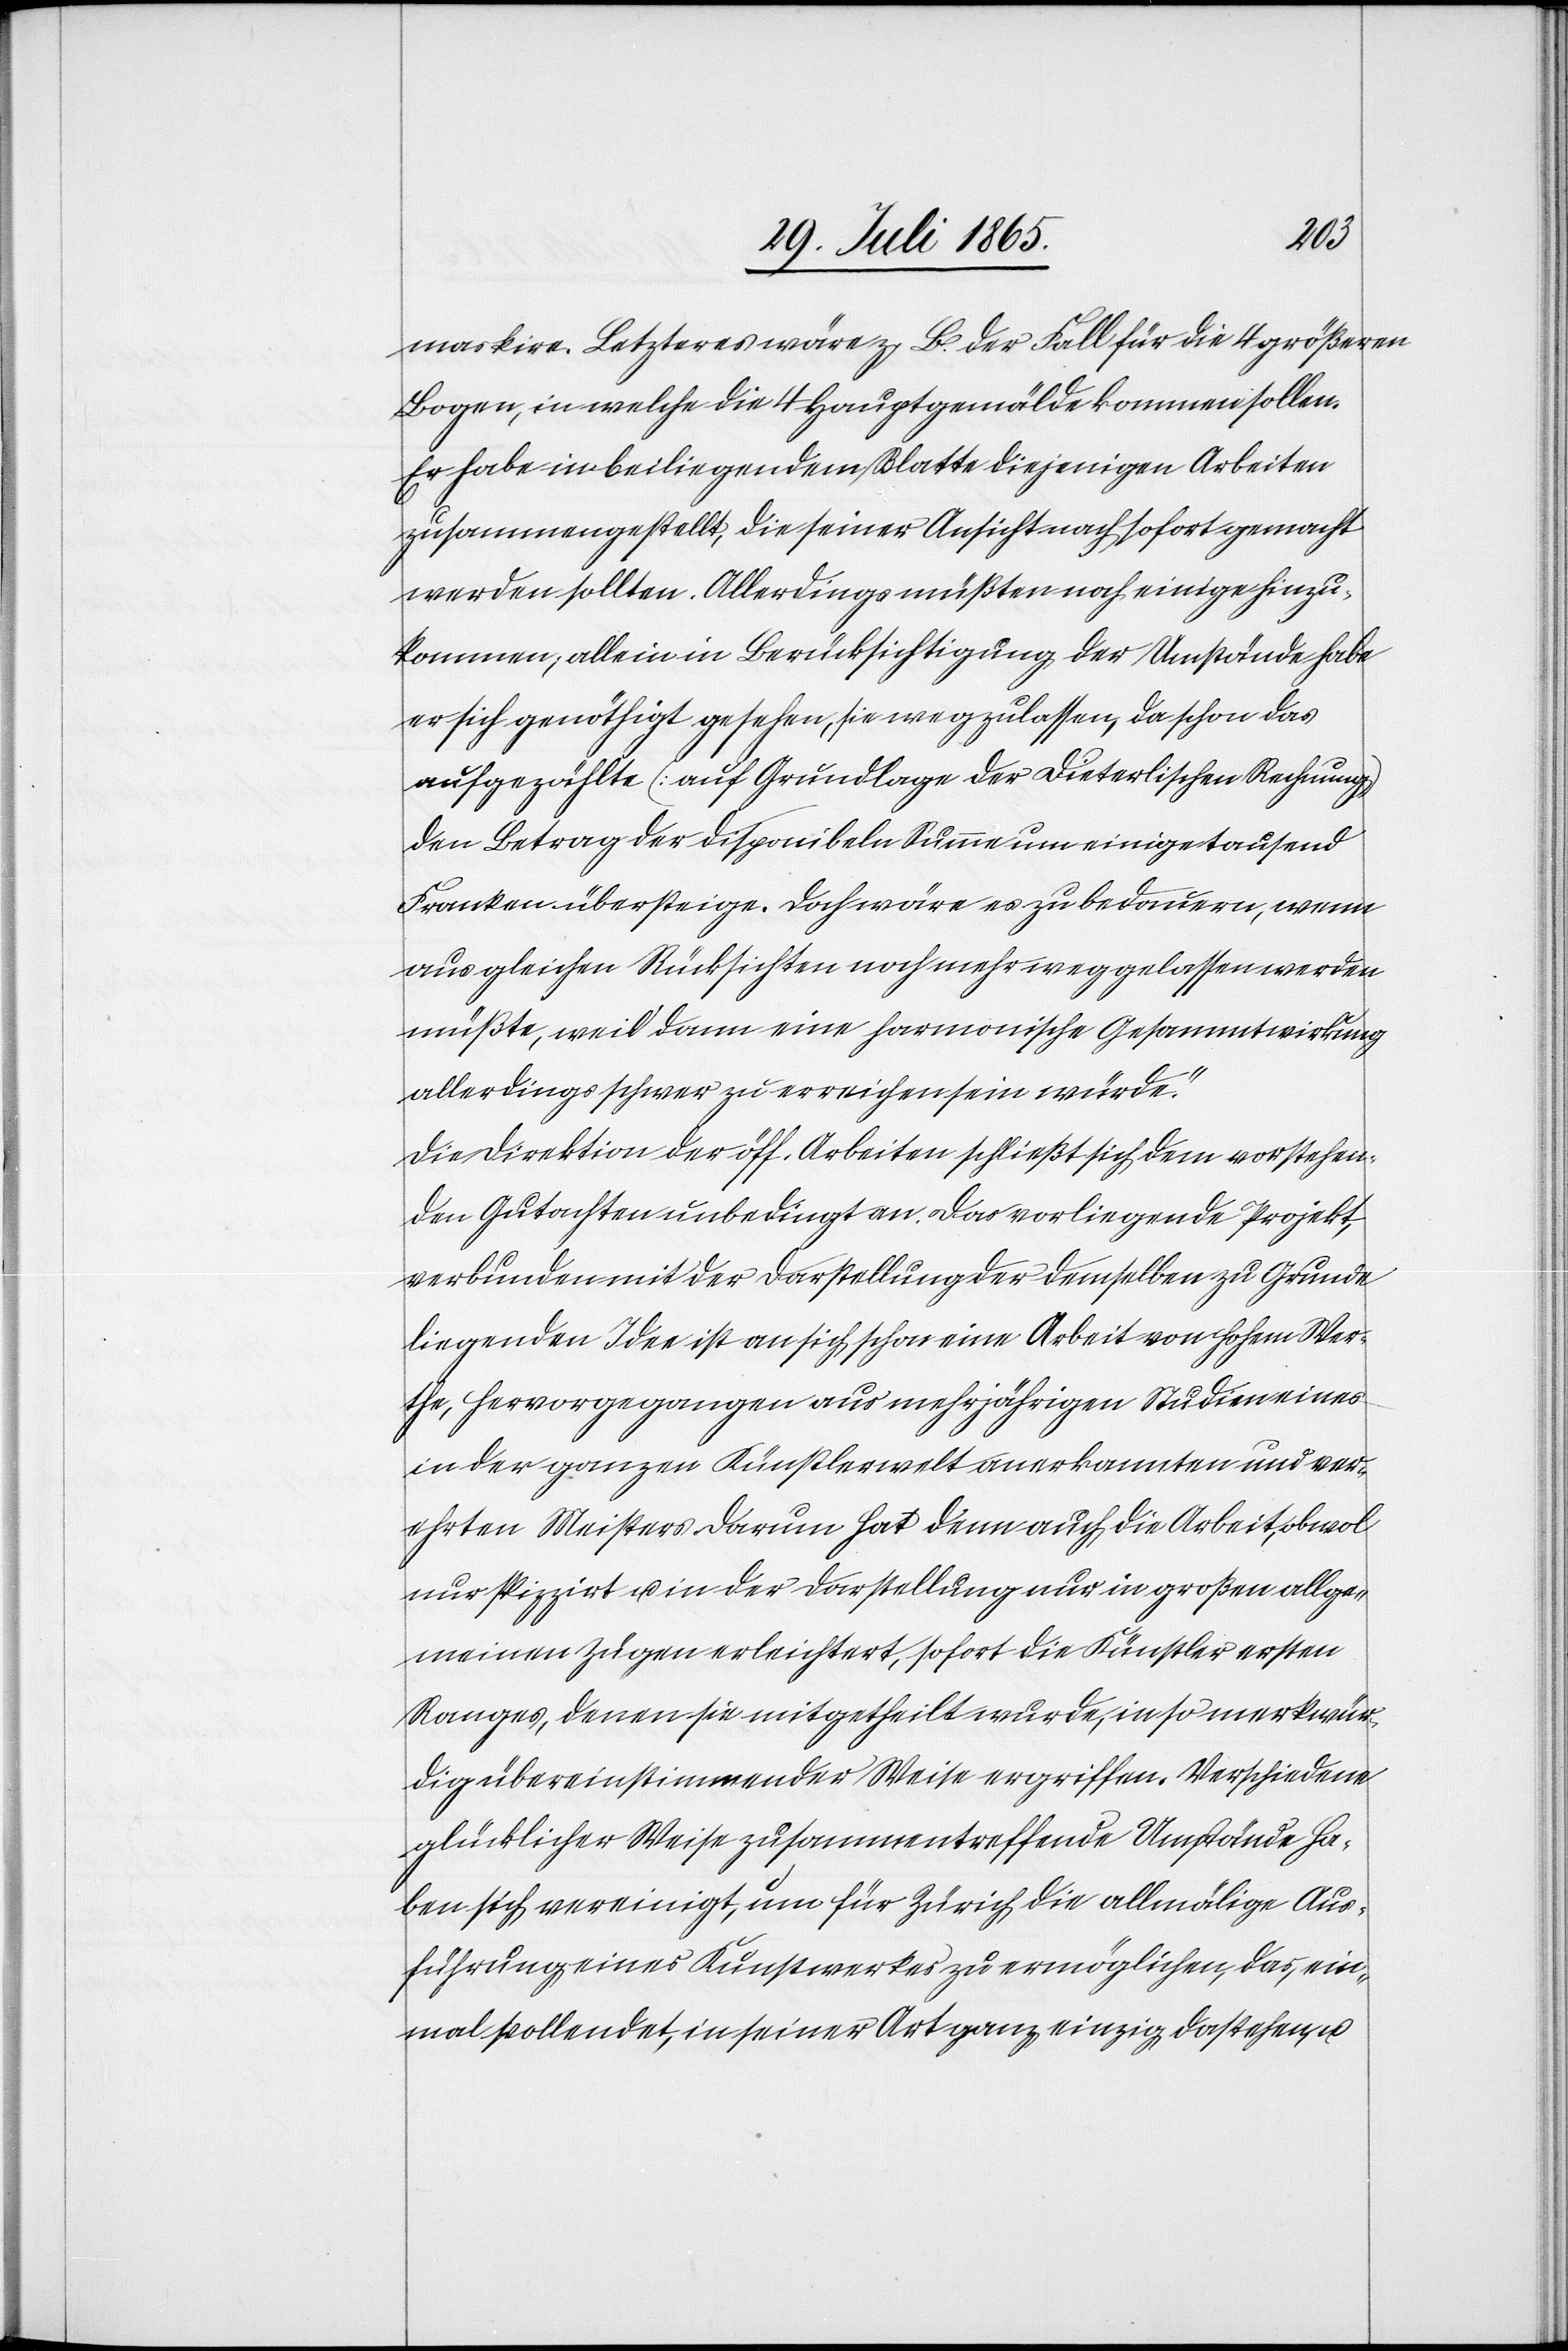
markire. Letzteres wäre z. B. der Fall für die 4 größeren
Bogen, in welche die 4 Hauptgemälde kommen sollen.
Er habe in beiliegendem Blatte diejenigen Arbeiten
zusammengestellt, die seiner Ansicht nach sofort gemacht
werden sollten. Allerdings müßten noch einige hinzu¬
kommen; allein in Berücksichtigung der Umstände habe
er sich genöthigt gesehen, sie wegzulassen, da schon das
aufgezählte [auf Grundlage der Dieterlischen Rechnung]
den Betrag der disponibeln Summe um einige tausend
Franken übersteige. Doch wäre es zu bedauern, wenn
aus gleichen Rücksichten noch mehr weggelassen werden
müßte, weil dann eine harmonische Gesammtwirkung
allerdings schwer zu erreichen sein würde.“
Die Direktion der öff. Arbeiten schließt sich dem vorstehen¬
den Gutachten unbedingt an. Das vorliegende Projekt,
verbunden mit der Darstellung der demselben zu Grunde
liegenden Idee ist an sich schon eine Arbeit von hohem Wer¬
the, hervorgegangen aus mehrjährigen Studien eines
in der ganzen Künstlerwelt anerkannten und ver¬
ehrten Meisters. Darum hat denn auch die Arbeit, obwol
nur skizzirt u. in der Darstellung nur in großen allge¬
meinen Zügen erleichtert, sofort die Künstler ersten
Ranges, denen sie mitgetheilt wurde, in so merkwür¬
dig übereinstimmender Weise ergriffen. Verschiedene
glücklicher Weise zusammentreffende Umstände ha¬
ben sich vereinigt, um für Zürich die allmälige Aus¬
führung eines Kunstwerkes zu ermöglichen, das, ein¬
mal vollendet, in seiner Art ganz einzig dastehen,